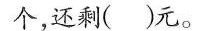
个，还剩( )元。